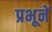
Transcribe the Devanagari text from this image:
प्रभूनें